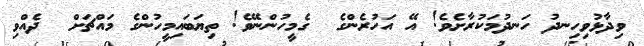
ވިދާޅުވިހިނދު ހަނދުމަކުރާށެވެ! އޭ އަހުރެންގެ  ގެމީހުންނޭވެ! ތިޔަބައިމީހުންގެ މައްޗަށް  ދެއްވި